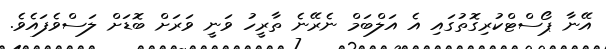
އޭނާ ޕޯސްޓްކުރިގޮތުގައި އެ އަލްބަމް ނެރޭނެ ތާރީހު ވަނީ ވަރަށް ބޮޑަށް ލަސްވެފައެވެ.